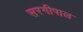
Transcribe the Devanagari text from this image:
सरगीपाल